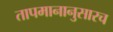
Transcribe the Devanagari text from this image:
तापमानानुसारच